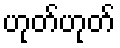
ဟုတ်ဟုတ်